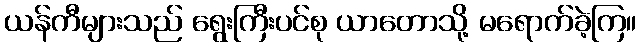
ယန်ကီများသည် ရွေးကြီးပင်စု ယာတောသို့ မရောက်ခဲ့ကြ။